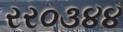
રર૦૩૪૪